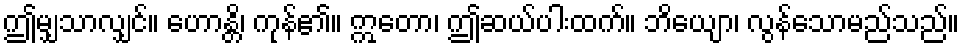
ဤမျှသာလျှင်။ ဟောန္တိ၊ ကုန်၏။ ဣတော၊ ဤဆယ်ပါးထက်။ ဘိယျော၊ လွန်သောမည်သည်။